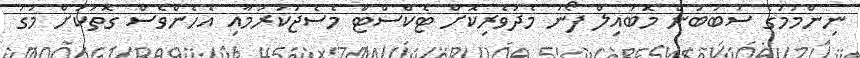
ނިންމުމުގެ ސަބަބުން މޮބައިލް ފޯނު މެދުވެރިކޮށް ޓެކްސްޓް މެސެޖުކުރުމާއި އެހެންވެސް ގޮތަކަށް މަގު